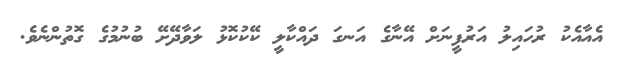
އެއާއެކު ރުހައިލު އަރުފީނަށް އޭނާގެ އަނގަ ދައްކާލީ ކޭކުކޮޅު ލަވާދޭށޭ ބުނުމުގެ ގޮތުންނެވެ.